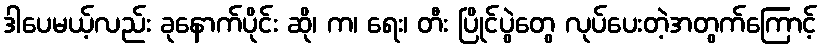
ဒါပေမယ့်လည်း ခုနောက်ပိုင်း ဆို၊ က၊ ရေး၊ တီး ပြိုင်ပွဲတွေ လုပ်ပေးတဲ့အတွက်ကြောင့်